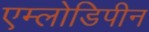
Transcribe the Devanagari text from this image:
एम्लोडिपीन